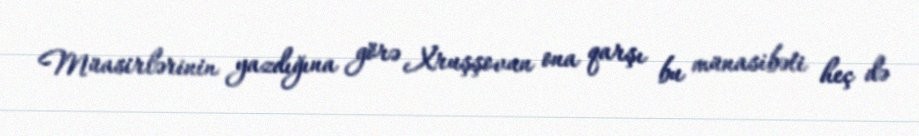
Müasirlərinin yazdığına görə Xruşşovun ona qarşı bu münasibəti heç də